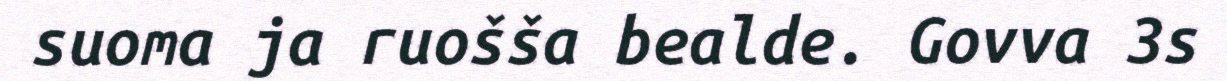
suoma ja ruošša bealde. Govva 3s